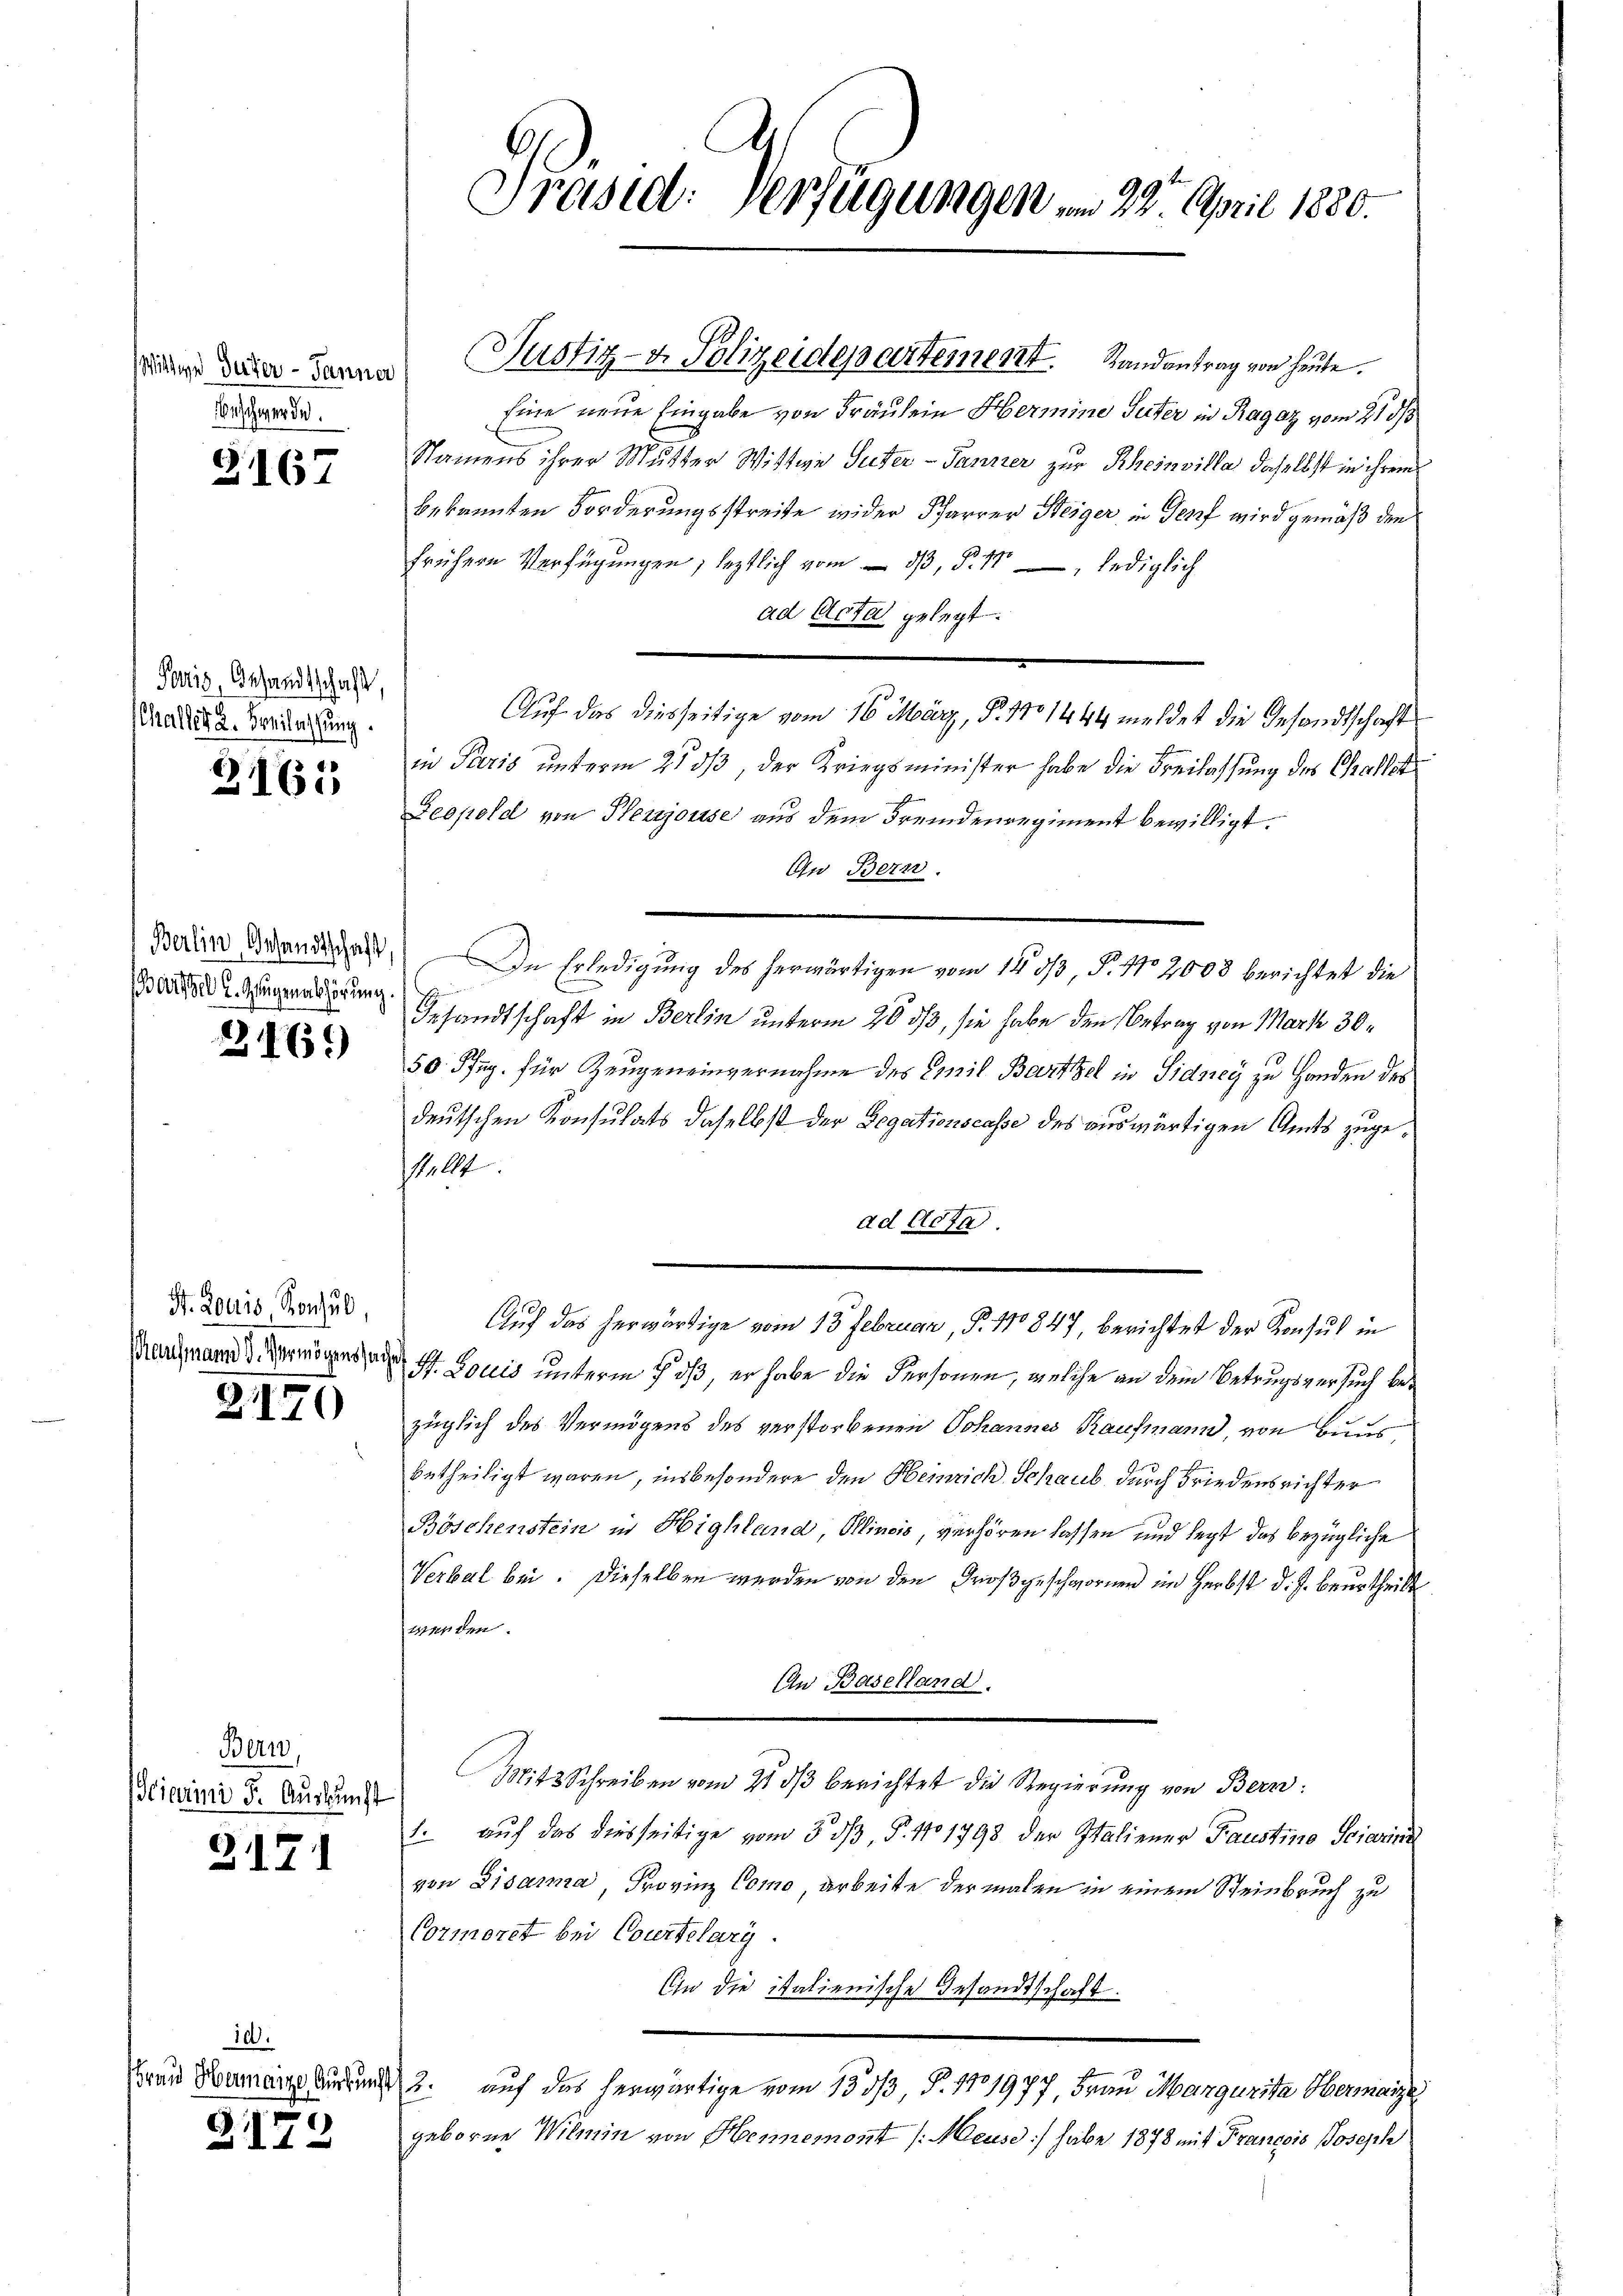
Beschwerde.

S1167

Portig, Gesandtschaft,
challet u. Freilassung.

2162

aisses C. Zugabhörung

2169

F. Zollis Konsul,
Kaufmann d. Vermögenssaches

21170

Bern,
Hicurini d. Auskunft

2171

10.

S.172

Präsid. Verfügungen in 22. April 1880.

due darna Justiz- & Polizeidepartement. Landantrag von heute.

Eine neue Eingabe von Fräulein Hermine Suter in Ragaz vom 21 8/3
Namens ihrer Mutter Wittwe Suter - Tanzer zur Rheinvilla daselbst in ihrem
bekannten Forderungsstreite wider Pfarrer Steiger in Genf wird gemäß den
frühern Verfügungen, leztlich vom  33, §. 11, lediglich
ad Acta gelegt.
Auf das diesseitige vom 16. März, P. 1701444 meldet die Gesandtschaft
in Paris unterm 21 ds, der Kriegsminister habe die Freilassung des Challet
Leopold von Perjouse aus dem Fremdenregiment bewilligt.
In Bern.
Berin Brandeges, De Erledigung des herwärtigen vom 14. ds, P. Nr. 2000 berichtet die
Gesandtschaft in Berlin unterm 20. ds, sie habe den Betrag von Mark 30
50 Pfug für Zeugeneinvernahme des Emil Bartzel in Sidney zu Handen des
deutschen Konsulats daselbst der Legationscasse des auswärtigen Amts zuge¬
27
ad Acte
Auf das herwärtige vom 13. Februar, P. 110847, berichtet der Konsul in
St. Louis unterm 7. ds, er habe die Personen, welche an dem Betrugsversuch bezüglich des Vermögens des verstorbenen Johannes Kaufmann, von Baus
betheiligt waren, insbesondere den Heinrich Schaub durch Friedensrichter
Böschenstein in Highland, Klincis, verhören lassen und legt das bezügliche
Verbal bei. Dieselben werden von den Großgeschwornen im Herbst d. J. beurtheilt.
werden.
An Baselland.
Mit Schreiben vom 21 dβ berichtet die Regierung von Bern:
1. auf das diesseitige vom 3. dβ, P. No 1798 der Italiener Faustine Sciarina
von Lisama, Provinz Como, arbeite der malen in einem Steinbruch zu
Cormort bei Courtelary.
An die italienische Gesandtschaft.
Frau Baumanze und 2. auf das herwärtige vom 135/3, S. 171977, Frau Margurita Hermaize
geborene Wilmin von Hennement (Meuse:/ habe 1878 mit Franzosis Joseph